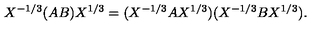
X ^ { - 1 / 3 } ( A B ) X ^ { 1 / 3 } = ( X ^ { - 1 / 3 } A X ^ { 1 / 3 } ) ( X ^ { - 1 / 3 } B X ^ { 1 / 3 } ) .